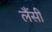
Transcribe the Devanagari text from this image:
लैंसी